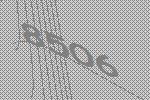
8506